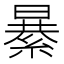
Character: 𦃙